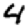
Digit: 4